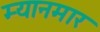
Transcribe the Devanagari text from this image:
म्‍यानमार